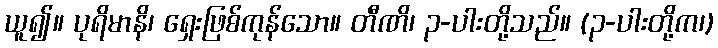
ယူ၍။ ပုရိမာနိ၊ ရှေးဖြစ်ကုန်သော။ တီဏိ၊ ၃-ပါးတို့သည်။ (၃-ပါးတို့က၊)